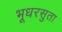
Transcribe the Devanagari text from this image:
भूधरसुता